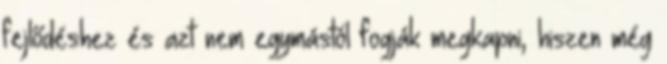
fejlődéshez és azt nem egymástól fogják megkapni, hiszen még